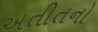
અતીતનો